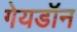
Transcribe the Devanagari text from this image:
गेयडॉन